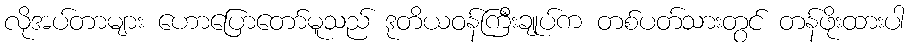
လိုအပ်တာများ ဟောပြောတော်မူသည် ဒုတိယဝန်ကြီးချုပ်က တစ်ပတ်သားတွင် တန်ဖိုးထားပါ